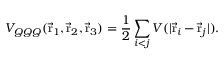
V _ { Q Q Q } ( \vec { \mathrm { r } } _ { 1 } , \vec { \mathrm { r } } _ { 2 } , \vec { \mathrm { r } } _ { 3 } ) = { \frac { 1 } { 2 } } \sum _ { i < j } V ( \vert \vec { \mathrm { r } } _ { i } - \vec { \mathrm { r } } _ { j } \vert ) .